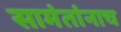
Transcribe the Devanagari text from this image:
सामंतांनाच